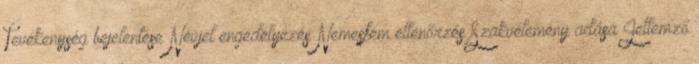
Tevékenység bejelentése Névjel engedélyezés Nemesfém ellenőrzés Szakvélemény adása Jellemző